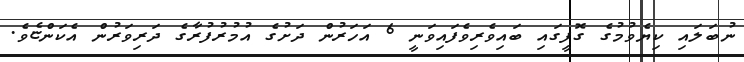
ނުބަލައި ކިޔެވުމުގެ ގޮފީގައި ބައިވެރިވެފައިވަނީ 6 އަހަރުން ދަށުގެ އުމުރުފުރާގެ ދަރިވަރުން އެކަންޏެވެ.